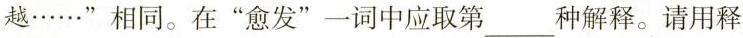
越……”相同。在”愈发”一词中应取第___种解释。请用释